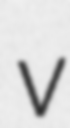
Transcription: v